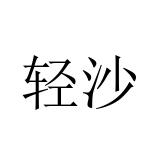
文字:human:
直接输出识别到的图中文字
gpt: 轻沙